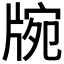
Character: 𤗍